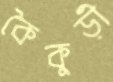
কৈকুড়ী